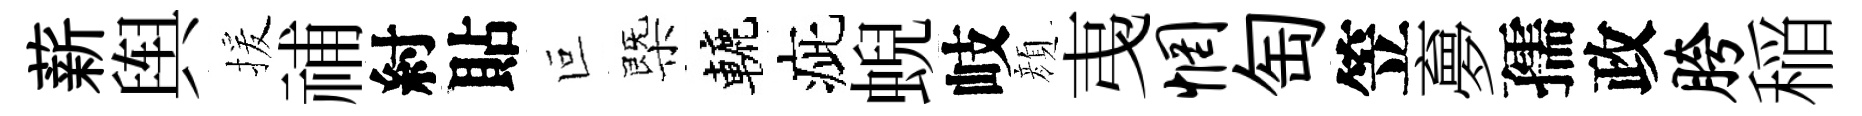
薪舆援𥙷紂貼叵㮣轆疵蜺岐顔𢎯惘匋笠夣孺政胯稲